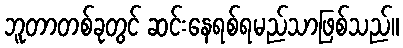
ဘူတာတစ်ခုတွင် ဆင်းနေရစ်ရမည်သာဖြစ်သည်။